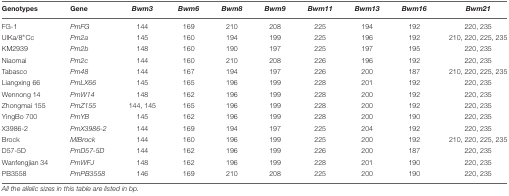
| Genotypes | Gene | Bwm3 | Bwm6 | Bwm8 | Bwm9 | Bwm11 | Bwm13 | Bwm16 | Bwm21 |
 | --- | --- | --- | --- | --- | --- | --- | --- | --- | --- |
 | FG-1 | PmFG | 144 | 169 | 210 | 208 | 225 | 194 | 192 | 220, 235 |
 | UlKa/8*Cc | Pm2a | 145 | 160 | 194 | 199 | 225 | 196 | 192 | 210, 220, 225, 235 |
 | KM2939 | Pm2b | 148 | 160 | 190 | 197 | 225 | 197 | 195 | 220, 235 |
 | Niaomai | Pm2c | 144 | 160 | 210 | 208 | 226 | 196 | 192 | 220, 235 |
 | Tabasco | Pm48 | 144 | 167 | 194 | 197 | 226 | 200 | 187 | 210, 220, 225, 235 |
 | Liangxing 66 | PmLX66 | 145 | 165 | 196 | 199 | 228 | 201 | 192 | 220, 235 |
 | Wennong 14 | PmW14 | 148 | 162 | 196 | 199 | 228 | 200 | 192 | 220, 235 |
 | Zhongmai 155 | PmZ155 | 144, 145 | 165 | 196 | 199 | 228 | 200 | 192 | 220, 235 |
 | YingBo 700 | PmYB | 145 | 162 | 196 | 199 | 228 | 200 | 190 | 220, 235 |
 | X3986-2 | PmX3986-2 | 144 | 169 | 194 | 197 | 225 | 204 | 192 | 220, 235 |
 | Brock | MlBrock | 144 | 160 | 196 | 199 | 225 | 200 | 192 | 210, 220, 225, 235 |
 | D57-5D | PmD57-5D | 144 | 162 | 196 | 199 | 226 | 200 | 187 | 220, 235 |
 | Wanfengjian 34 | PmWFJ | 148 | 162 | 196 | 199 | 228 | 201 | 190 | 220, 235 |
 | PB3558 | PmPB3558 | 146 | 169 | 210 | 208 | 225 | 200 | 190 | 220, 235 |